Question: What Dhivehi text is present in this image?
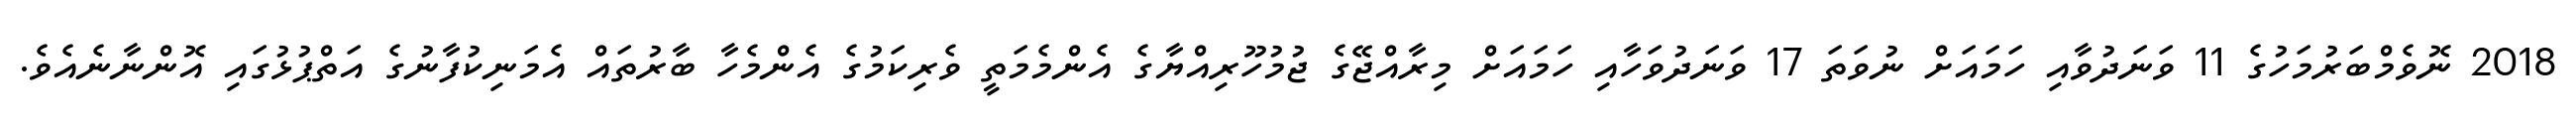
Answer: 2018 ނޮވެމްބަރުމަހުގެ 11 ވަނަދުވާއި ހަމައަށް ނުވަތަ 17 ވަނަދުވަހާއި ހަމައަށް މިރާއްޖޭގެ ޖުމުހޫރިއްޔާގެ އެންމެމަތީ ވެރިކަމުގެ އެންމެހާ ބާރުތައް އެމަނިކުފާނުގެ އަތްޕުޅުގައި އޮންނާނެއެވެ.